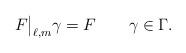
LaTeX: \begin{align*} F\big|_{\ell,m}\gamma=F\qquad\gamma\in\Gamma.\end{align*}